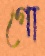
গো